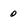
Character: 0